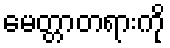
မေတ္တာတရားကို